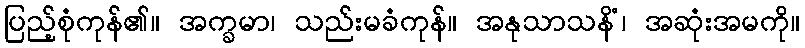
ပြည့်စုံကုန်၏။ အက္ခမာ၊ သည်းမခံကုန်။ အနုသာသနိံ၊ အဆုံးအမကို။